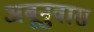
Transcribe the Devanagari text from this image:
अबूनुवास